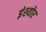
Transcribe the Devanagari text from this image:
इंश्योर